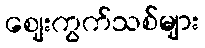
ဈေးကွက်သစ်များ